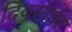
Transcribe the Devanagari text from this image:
दिवसावर